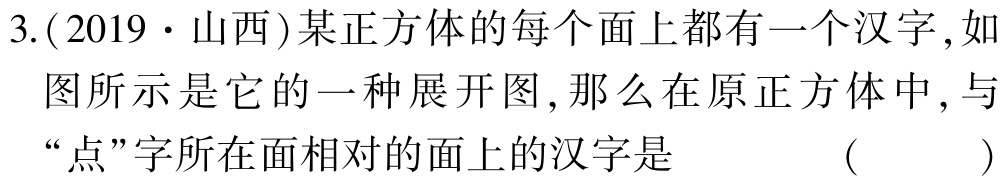
3.(2019·山西)某正方体的每个面上都有一个汉字,如图所示是它的一种展开图,那么在原正方体中,与“点”字所在面相对的面上的汉字是 （  ）